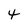
Character: 4